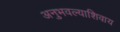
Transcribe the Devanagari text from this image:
अनुभवल्याशिवाय